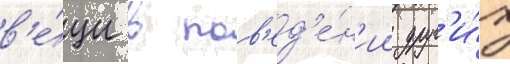
в'е́щи в пов'ед'е́н'ии друг'и́х